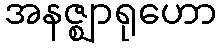
အနဇ္ဈာရုဟော